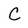
Character: C